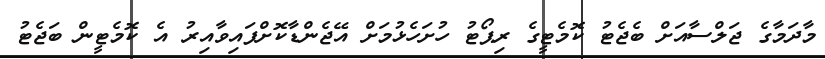
މާދަމާގެ ޖަލްސާއަށް ބެޖެޓު ކޮމެޓީގެ ރިޕޯޓު ހުށަހެޅުމަށް އޭޖެންޑާކޮށްފައިވާއިރު އެ ކޮމެޓީން ބަޖެޓު